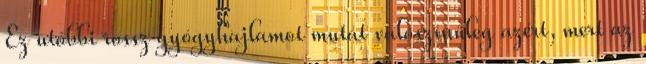
Ez utóbbi rossz gyógyhajlamot mutat valószínűleg azért, mert az